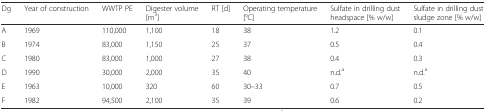
| Dg | Year of construction | WWTP PE | Digester volume [m3] | RT [d] | Operating temperature [°C] | Sulfate in drilling dust headspace [% w/w] | Sulfate in drilling dust sludge zone [% w/w] |
 | --- | --- | --- | --- | --- | --- | --- | --- |
 | A | 1969 | 110,000 | 1,100 | 18 | 38 | 1.2 | 0.1 |
 | B | 1974 | 83,000 | 1,150 | 25 | 37 | 0.5 | 0.4 |
 | C | 1980 | 83,000 | 1,000 | 27 | 38 | 0.4 | 0.3 |
 | D | 1990 | 30,000 | 2,000 | 35 | 40 | n.d.a | n.d.a |
 | E | 1963 | 10,000 | 320 | 60 | 30–33 | 0.7 | 0.5 |
 | F | 1982 | 94,500 | 2,100 | 35 | 39 | 0.6 | 0.2 |